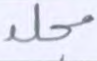
مجلد